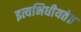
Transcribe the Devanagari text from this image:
इत्यभिधीयते॥